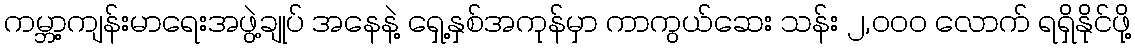
ကမ္ဘာ့ကျန်းမာရေးအဖွဲ့ချုပ် အနေနဲ့ ရှေ့နှစ်အကုန်မှာ ကာကွယ်ဆေး သန်း ၂,၀၀၀ လောက် ရရှိနိုင်ဖို့